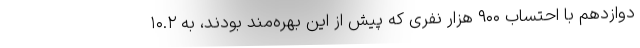
دوازدهم با احتساب ۹۰۰ هزار نفری که پیش از این بهره‌مند بودند، به ۱۰.۲